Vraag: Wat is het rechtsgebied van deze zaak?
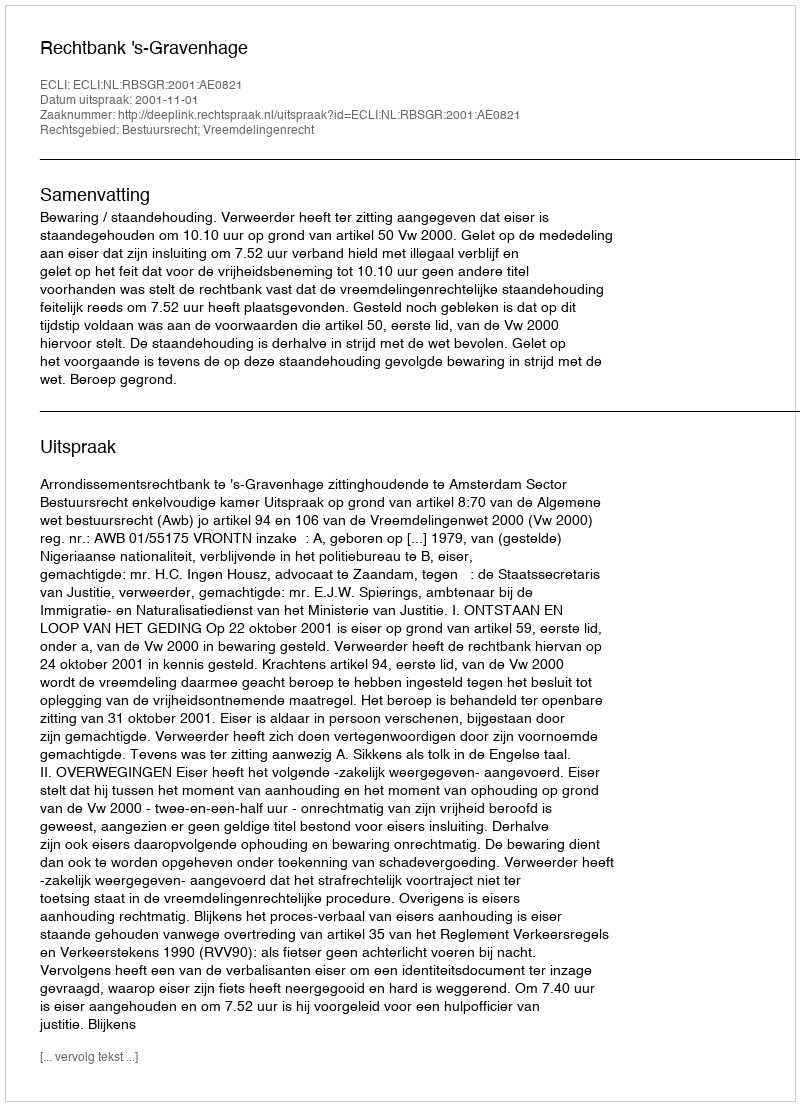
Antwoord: Bestuursrecht; Vreemdelingenrecht